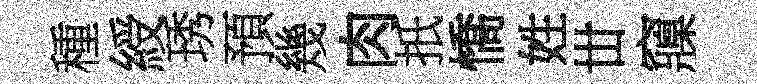
種綬琇預幾肉扺憍姓丗䆿